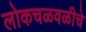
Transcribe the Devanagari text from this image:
लोकचळवळीचे